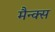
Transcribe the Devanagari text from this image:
मैन्क्स